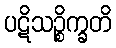
ပဋိသဉ္စိက္ခတိ